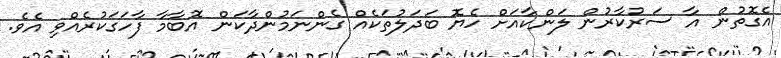
އެގޮތުން އާ ސަރުކާރުން ލަންކާއަށް ހެޔޮ ބަދަލުތަކެއް ގެންނަމުންދާކަން އޮބާމާ ފާހަގަކުރެއްވި އެވެ.